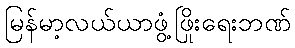
မြန်မာ့လယ်ယာဖွံ့ဖြိုးရေးဘဏ်